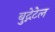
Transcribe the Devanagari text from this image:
बुद्गेटेल